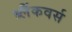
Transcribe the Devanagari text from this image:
ब्लैंकवर्स